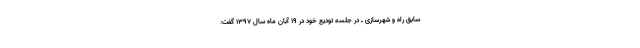
سابق راه و شهرسازی ـ در جلسه تودیع خود در ۱۹ آبان ماه سال ۱۳۹۷ گفت: